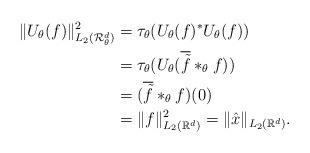
\begin{align*} \|U_\theta(f)\|_{L_{2}(\mathcal{R}_\theta^d)}^2&=\tau_\theta(U_\theta(f)^*U_\theta(f))\\&=\tau_\theta(U_\theta(\overline{\tilde{f}}*_\theta f))\\ &=(\overline{\tilde{f}}*_\theta f)(0)\\&=\|f\|_{L_2(\mathbb{R}^d)}^2=\|\hat{x}\|_{L_2(\mathbb{R}^d)}. \end{align*}